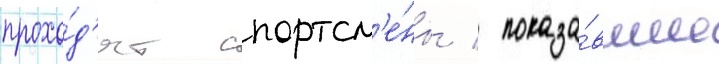
прохо́д'ят спортсм'е́ны / показа́вшие